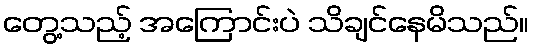
တွေ့သည့် အကြောင်းပဲ သိချင်နေမိသည်။